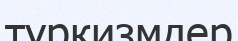
түркизмдер